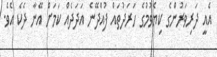
އެއީ ދަރިވަރުންގެ ކިޔެވުމުގެ ހަރަދުތައް ފުއްދޭނެ އަދަދެއް ކަމަށް އޭނާ ދެކެ އެވެ.